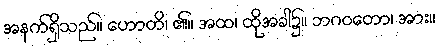
အနက်ရှိသည်။ ဟောတိ၊ ၏။ အထ၊ ထိုအခါ၌။ ဘဂဝတော၊ အား။